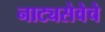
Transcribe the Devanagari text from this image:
नाट्यसेवेचे